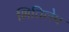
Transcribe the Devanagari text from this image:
भित्तिलेप